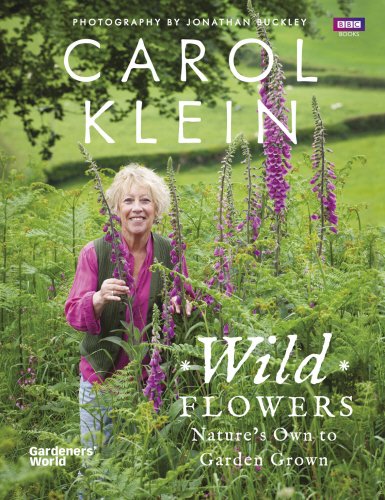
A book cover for Wild Flowers: Nature's Own to Garden Grown; Carol Klein; Crafts, Hobbies & Home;